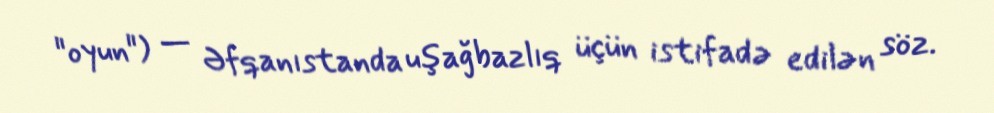
"oyun") — Əfqanıstanda uşağbazlıq üçün istifadə edilən söz.